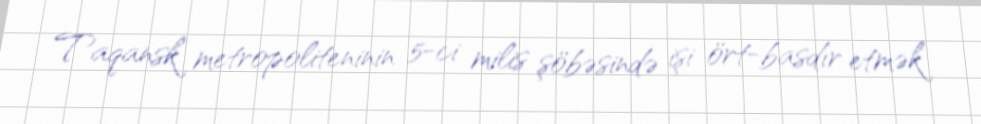
Taqansk metropoliteninin 5-ci milis şöbəsində işi ört-basdır etmək